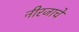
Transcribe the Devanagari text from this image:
नीरजाचे